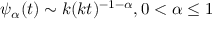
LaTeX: \psi _ { \alpha } ( t ) \sim k ( k t ) ^ { - 1 - \alpha } , 0 < \alpha \leq 1